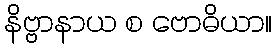
နိဗ္ဗာနာယ စ ဗောဓိယာ။